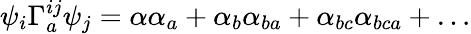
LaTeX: \psi_{i}\Gamma_{a}^{ij}\psi_{j}=\alpha\alpha_{a}+\alpha_{b}\alpha_{ba}+\alpha_{bc}\alpha_{bca}+\ldots